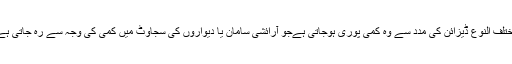
مختلف النوع ڈیزائن کی مدد سے وہ کمی پوری ہوجاتی ہےجو آرائشی سامان یا دیواروں کی سجاوٹ میں کمی کی وجہ سے رہ جاتی ہے۔